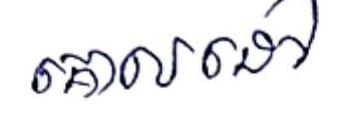
គោលដៅ